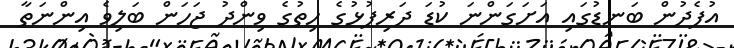
އުފެދުން ބަނޑުގައި އަށަގަންނަ ކުޑަ ދަރިފުޅުގެ ހިތުގެ ވިންދު ޖަހަން ބަލިވެ އިންނަތާ